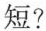
短？